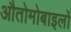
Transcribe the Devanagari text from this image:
औतोमोबाइलों